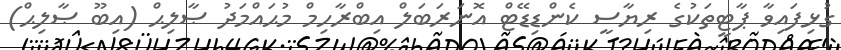
ގުޅިފައިވާ ޕާޓީތަކުގެ ރިޔާސީ ކެންޑިޑޭޓް އޮނަރަބަލް އިބްރާހިމް މުޙައްމަދު ޞާލިޙް (އިބޫ ޞާލިޙް)